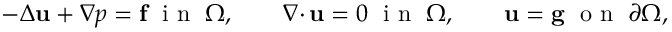
- \Delta { \mathbf u } + \nabla p = { \mathbf f } \; \mathrm { ~ i ~ n ~ } \; \Omega , \qquad { { \nabla \cdot } \, } { \mathbf u } = 0 \; \mathrm { ~ i ~ n ~ } \; \Omega , \qquad { \mathbf u } = { \mathbf g } \; \mathrm { ~ o ~ n ~ } \; \partial \Omega ,